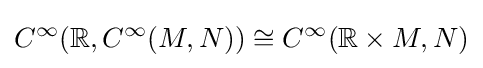
C^{\infty }(\mathbb {R} ,C^{\infty }(M,N))\cong C^{\infty }(\mathbb {R} \times M,N)